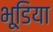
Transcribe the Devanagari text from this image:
भूडि़या